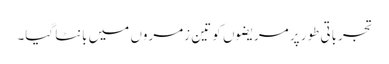
تجرباتی طور پر مریضوں کو تین زمروں میں بانٹا گیا۔